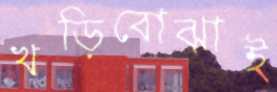
খড়িবোঝাই